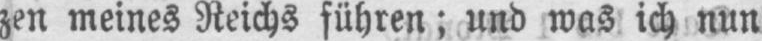
zen meines Reichs führen; und was ich nun